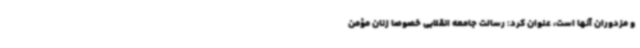
و مزدوران آنها است، عنوان کرد: رسالت جامعه انقلابی خصوصاً زنان مؤمن